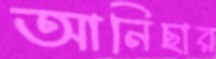
আনিছার